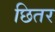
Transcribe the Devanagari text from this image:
छितर